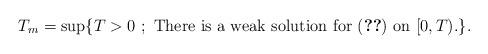
LaTeX: \begin{align*}T_m= \sup \{T > 0 \ ; \ \mbox{There is a weak solution for \eqref{eq:1} on $[0,T)$.}\}.\end{align*}